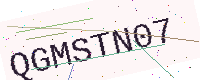
Text: QGMSTN07